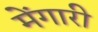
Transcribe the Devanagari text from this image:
मेंगारी